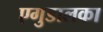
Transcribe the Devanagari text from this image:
एगुडालका